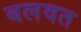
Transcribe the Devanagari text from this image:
बलवत